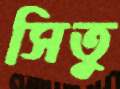
সিতু